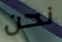
نحن